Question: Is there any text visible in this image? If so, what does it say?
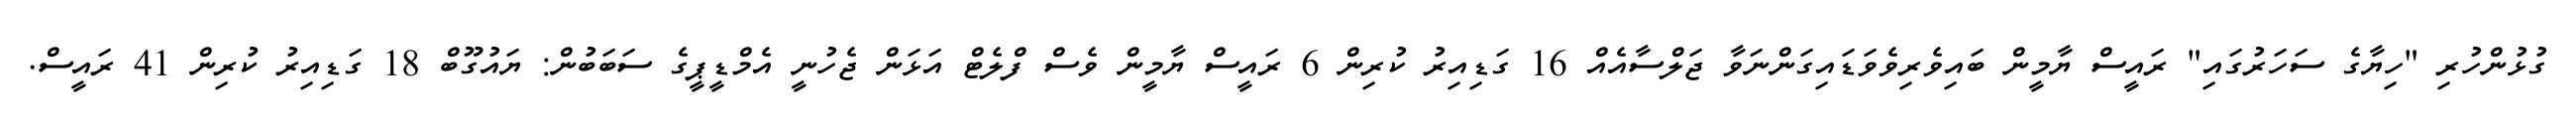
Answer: ގުޅުންހުރި "ހިޔާގެ ސަހަރުގައި" ރައީސް ޔާމީން ބައިވެރިވެވަޑައިގަންނަވާ ޖަލްސާއެއް 16 ގަޑިއިރު ކުރިން 6 ރައީސް ޔާމީން ވެސް ފްލެޓް އަޅަން ޖެހުނީ އެމްޑީޕީގެ ސަބަބުން: ޔައުގޫބް 18 ގަޑިއިރު ކުރިން 41 ރައީސް.